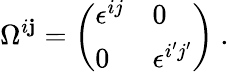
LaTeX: \Omega^{i\mathbf{j}}=\left(\begin{array}{ll}{{\epsilon^{ij}}}&{{0}}\\ {{0}}&{{\epsilon^{i^{\prime}j^{\prime}}}}\end{array}\right)\ .